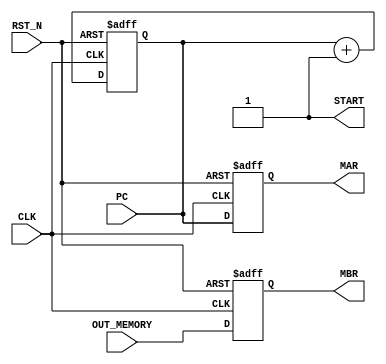
module fetch (
	input	wire	CLK,
  input	wire	RST_N,
	input	wire	[15:0] PC,		    	// Program Counter out
	input	wire	[15:0] OUT_MEMORY,	// memory output
	output wire	[15:0] MAR,			    // Memory Adderess Register
	output wire	[15:0] MBR,			    // Memory Buffer Register
	output wire START
);

reg [15:0] i_pc;				        	// Inner PC
reg [15:0] mar;
reg [15:0] mbr;
reg start;

assign MAR = mar;
assign MBR = mbr;
assign START = start;

always @(posedge CLK, negedge RST_N) begin
   	 if (!RST_N) begin		  		//  
        	i_pc  <= 0;	
        	mar  <= 0;
        	mbr  <= 0;
		start  <= 0;
    	end

	else begin
		if (start) begin
			mar <= i_pc;		        	//       
        		mbr <= OUT_MEMORY;	//       
        		i_pc <= i_pc + 1;		//     1   
		end

		else begin
		end
    	end
end

always @(*) begin
	i_pc <= PC;			            	// PC   (   ) i_pc  
	start <= 1;
end

endmodule